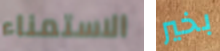
الاستمناء بخير